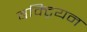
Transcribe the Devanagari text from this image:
बक्ट्रियन